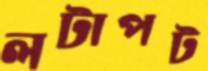
লটাপট